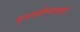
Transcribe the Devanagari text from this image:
वृत्तवाहिन्यांसाठी